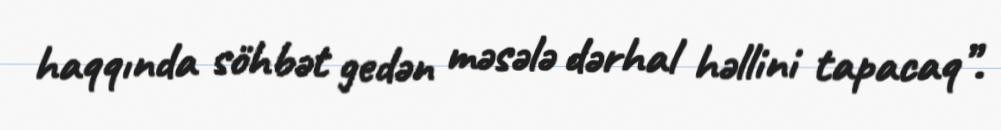
haqqında söhbət gedən məsələ dərhal həllini tapacaq”.